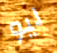
ليو